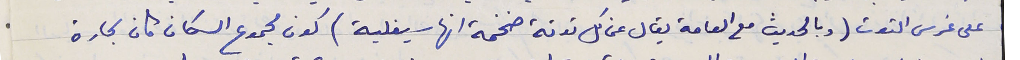
على غرس التوت (وبالحديث مع العامة يقال عن كل توته ضخمة انها سيفلية) كون مجموع السكان كان بحارة